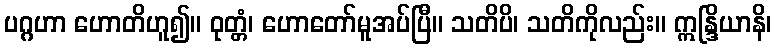
ပဂ္ဂဟာ ဟောတိဟူ၍။ ဝုတ္တံ၊ ဟောတော်မူအပ်ပြီ။ သတိပိ၊ သတိကိုလည်း။ ဣန္ဒြိယာနိ၊